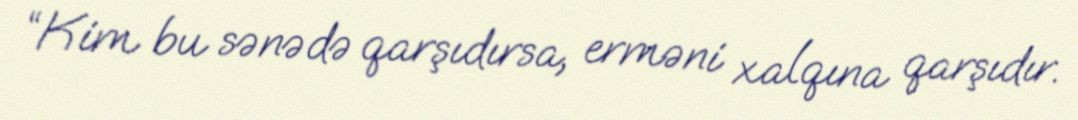
“Kim bu sənədə qarşıdırsa, erməni xalqına qarşıdır.